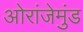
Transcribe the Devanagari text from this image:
ओरांजेमुंड